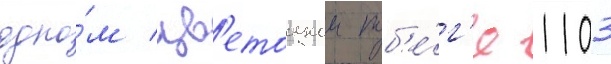
одно́м цв'етоносном поб'е́г'е 1103